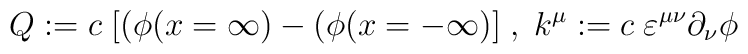
Q:=c\; [(\phi (x=\infty )-(\phi (x=-\infty )]\; ,\; k^{\mu }:=c\; \varepsilon ^{\mu \nu }\partial _{\nu }\phi